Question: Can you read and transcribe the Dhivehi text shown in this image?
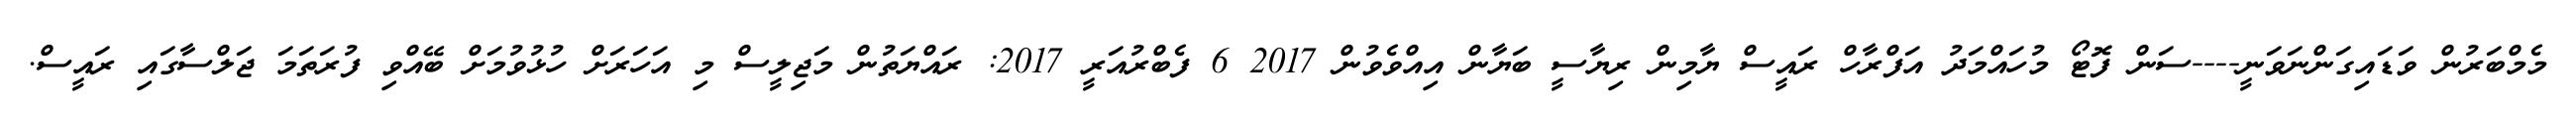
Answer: މެމްބަރުން ވަޑައިގަންނަވަނީ----ސަން ފޮޓޯ މުހައްމަދު އަފްރާހް ރައީސް ޔާމިން ރިޔާސީ ބަޔާން އިއްވެވުން 2017 6 ފެބްރުއަރީ 2017: ރައްޔަތުން މަޖިލީސް މި އަހަރަށް ހުޅުވުމަށް ބޭއްވި ފުރަތަމަ ޖަލްސާގައި ރައީސް.